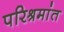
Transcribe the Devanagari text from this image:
परिश्रमांत